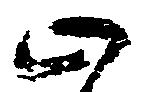
止